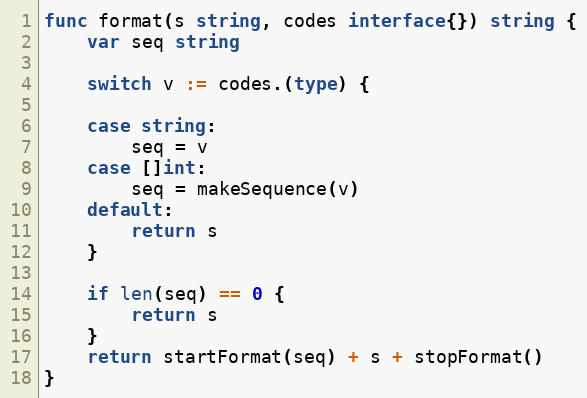
Language: Go
func format(s string, codes interface{}) string {
	var seq string

	switch v := codes.(type) {

	case string:
		seq = v
	case []int:
		seq = makeSequence(v)
	default:
		return s
	}

	if len(seq) == 0 {
		return s
	}
	return startFormat(seq) + s + stopFormat()
}